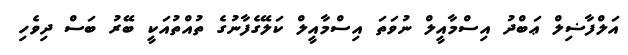
އަލްފާޟިލް ޢަބްދު އިސްމާއީލް ނުވަތަ އިސްމާއީލް ކަލޭގެފާނުގެ ތުއްތުއަކީ ބޭރު ބަސް ދިވެހި